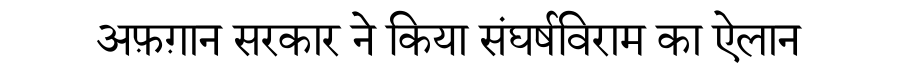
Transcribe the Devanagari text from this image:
अफ़ग़ान सरकार ने किया संघर्षविराम का ऐलान